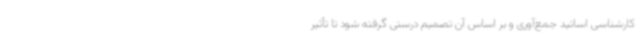
کارشناسی اساتید جمع‌آوری و بر اساس آن تصمیم درستی گرفته شود تا تأثیر